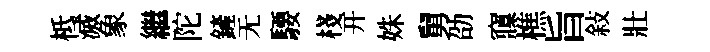
柢滅象繼陀鏟无騕棧开姝舅劭䆿樵旨敍壯